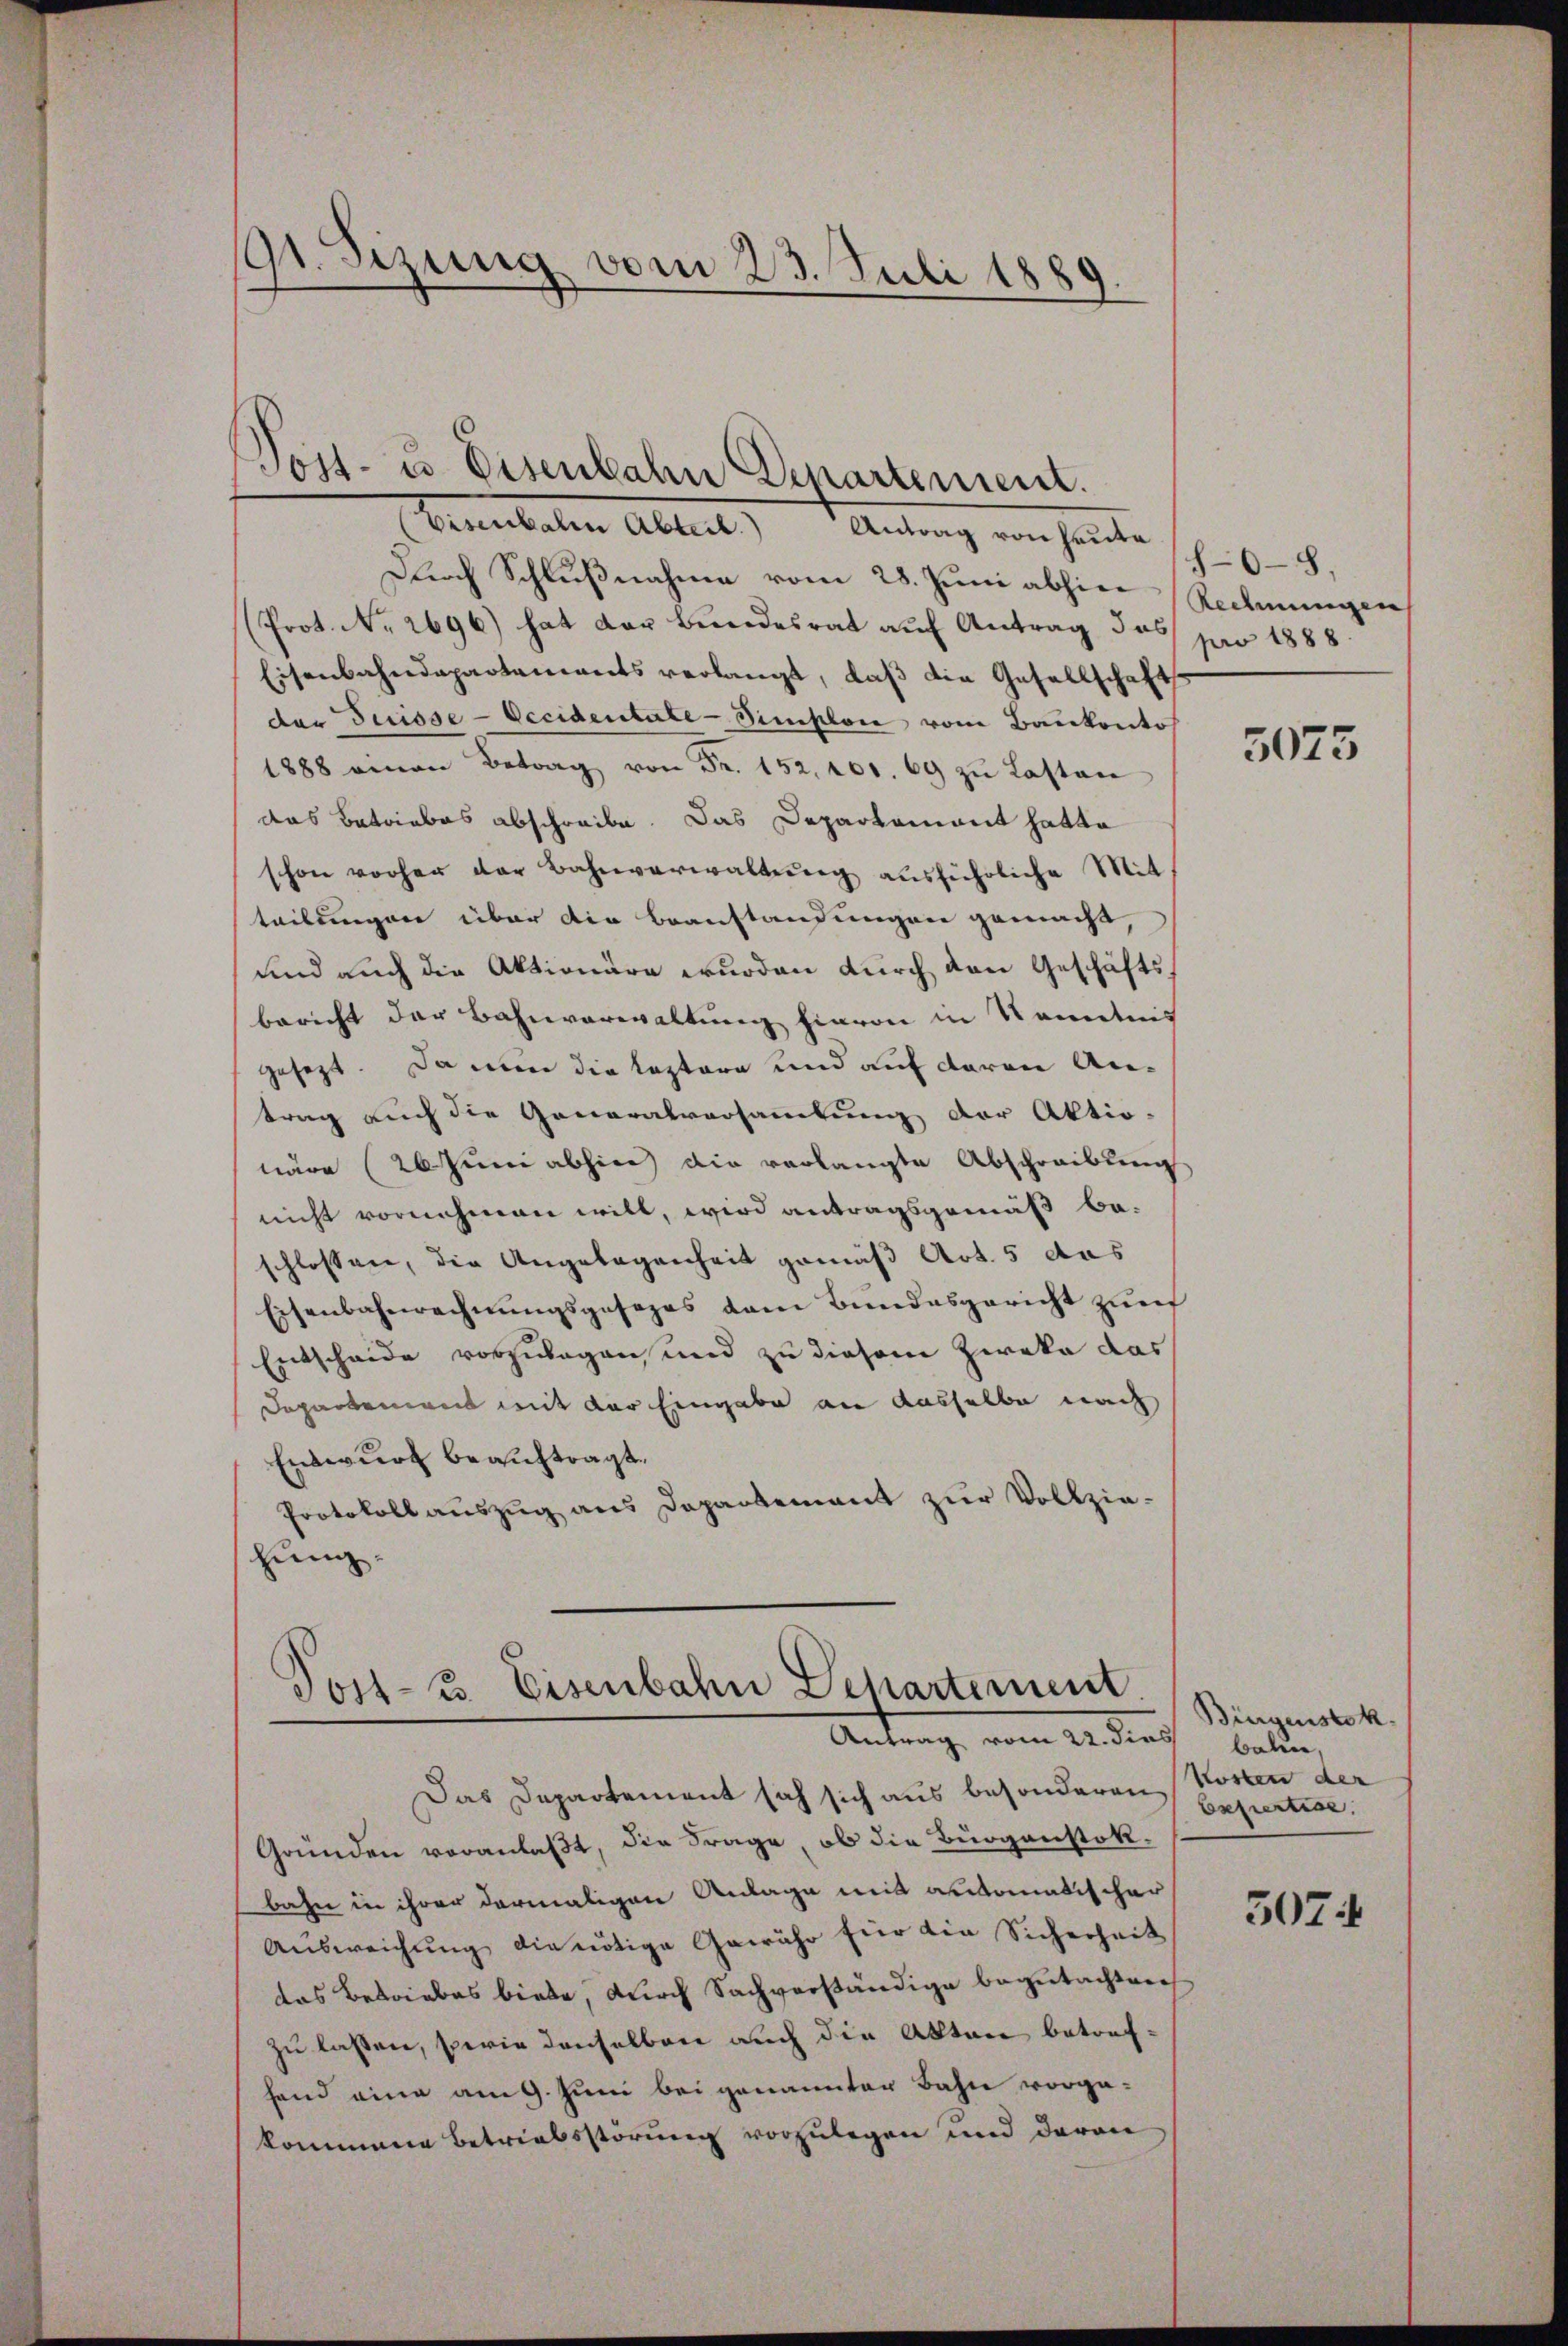
91. Sizung vom 23. Juli 1889.

Durch Schlußnahme vom 28. Juni abhin Rechnungen,
(Prot. No. 2696) hat der Bundesrat auf Antrag das par 1888.
Eisenbahndepartements verlangt, daß die Gesellschaft
der Suisse-Occidentale - Simplon vom Baukonto
1888 man Betrag ... 69 zŭ Lasten
das Betriebes abschreibe. Das Departement hatte
schon vorher der Bahnverwaltŭng aŭsführliche Mit-
teilungen über die Beanstandungen gemacht
und auch die Aktionäre wurden durch den Geschäftsbericht der Bahnverwaltung hievon in Kenntnis
gesezt. Da nun die leztere und auf daran Antrag auch die Generalversammlung der Aktio-
wäre (26 Juni abhin die verlangte Abschreibung
nicht vornehmen will, wird antragsgemäß be-
schlossen, die Angelegenheit gemäß Art. 5 das
Eisenbahnrechnungsgesezes dem Bundesgericht zum
Entscheide vorzulegen, und zu diesem Zweka das
Departement mit der Eingabe an dasselbe nach
Entwurf beauftragt.
Protokollauszug aus Departement zur Vollziezung.

ost- u. Eisenbahn Departement.
(Visenbalen Abteil) Antrag von heŭte (h6-8.

Post- u. Eisenbahn Dehartement
Antrag vom 22. dies Baline,

Das Departement sich sich aus besonderen Kosten der
Gründen veranlaßt, die Frage, ob die Burgenstokbahn in ihrer dermaligen Anlage mit automatischer
Ausweichung die nötige Gewähr für die Sicherheit
das Betriebes biete, durch Sachverständige begutachten
zu lassen, sowie denselben auch die Akten betrefhand eine am 9. Juni bei genannter Bahn vorge-
kommene Betriebsstörung vorzulegen und deren

5075

Bürgenstok
Eefiertise.

507